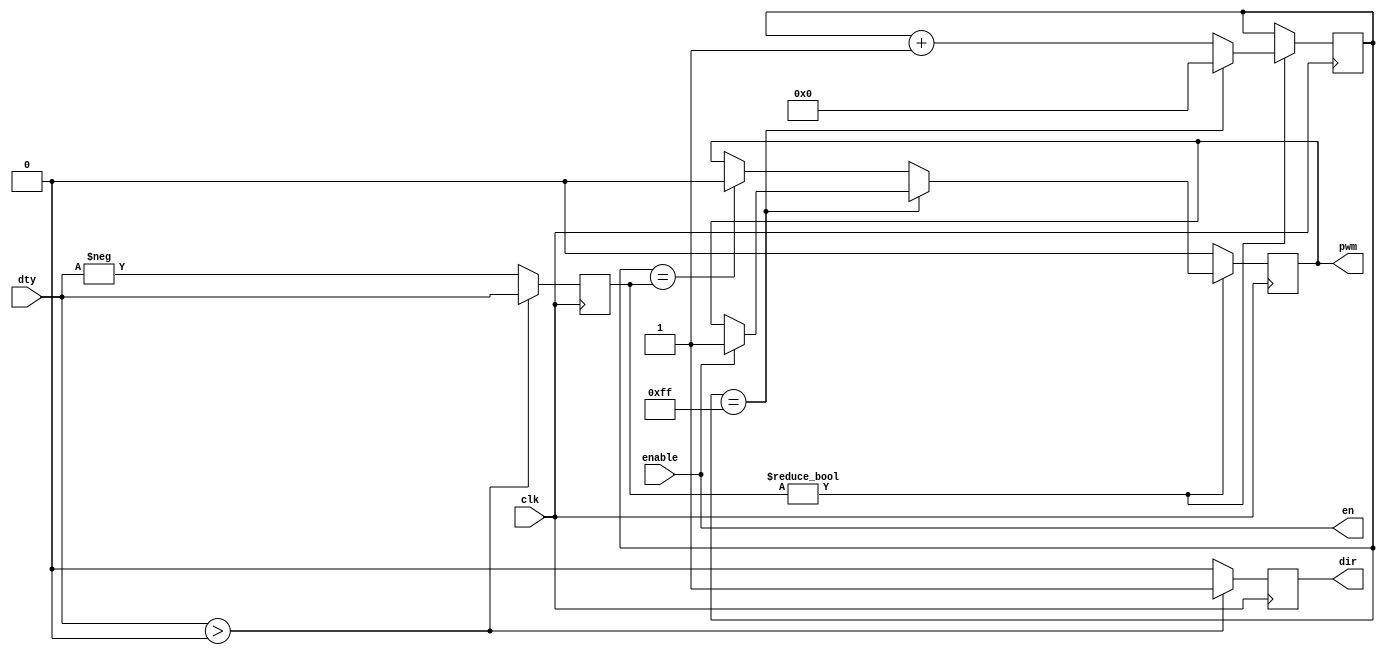

module pwmout
    #(parameter DIVIDER = 255)
     (
         input clk,
         input signed [31:0] dty,
         input enable,
         output reg dir = 0,
         output pwm,
         output en
     );
    reg [31:0] dtyAbs = 32'd0;
    reg pulse = 0;
    assign en = enable;
    assign pwm = pulse;
    reg [31:0] counter = 0;
    always @ (posedge clk) begin
        if (dty > 0) begin
            dtyAbs <= dty;
            dir <= 1;
        end else begin
            dtyAbs <= -dty;
            dir <= 0;
        end
        if (dtyAbs != 0) begin
            counter <= counter + 1;
            if (counter == DIVIDER) begin
                if (enable) begin
                    pulse <= 1;
                end
                counter <= 0;
            end else if (counter == dtyAbs) begin
                pulse <= 0;
            end
        end else begin
            pulse <= 0;
        end
    end
endmodule